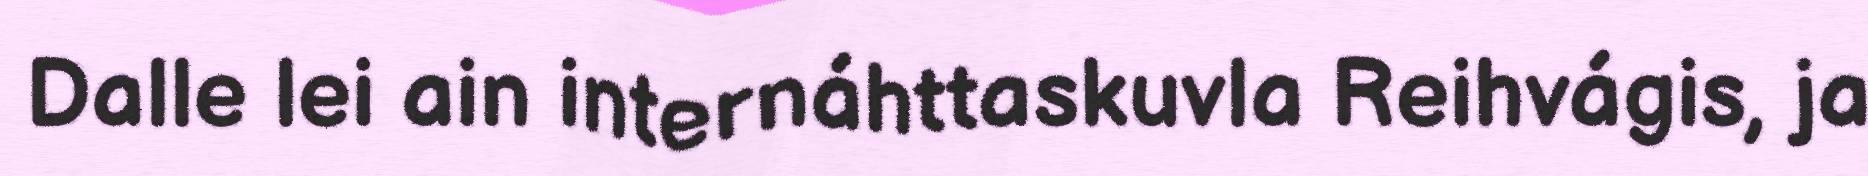
Dalle lei ain internáhttaskuvla Reihvágis, ja